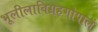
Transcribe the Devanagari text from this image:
भूलीलाविग्रहगोपालं